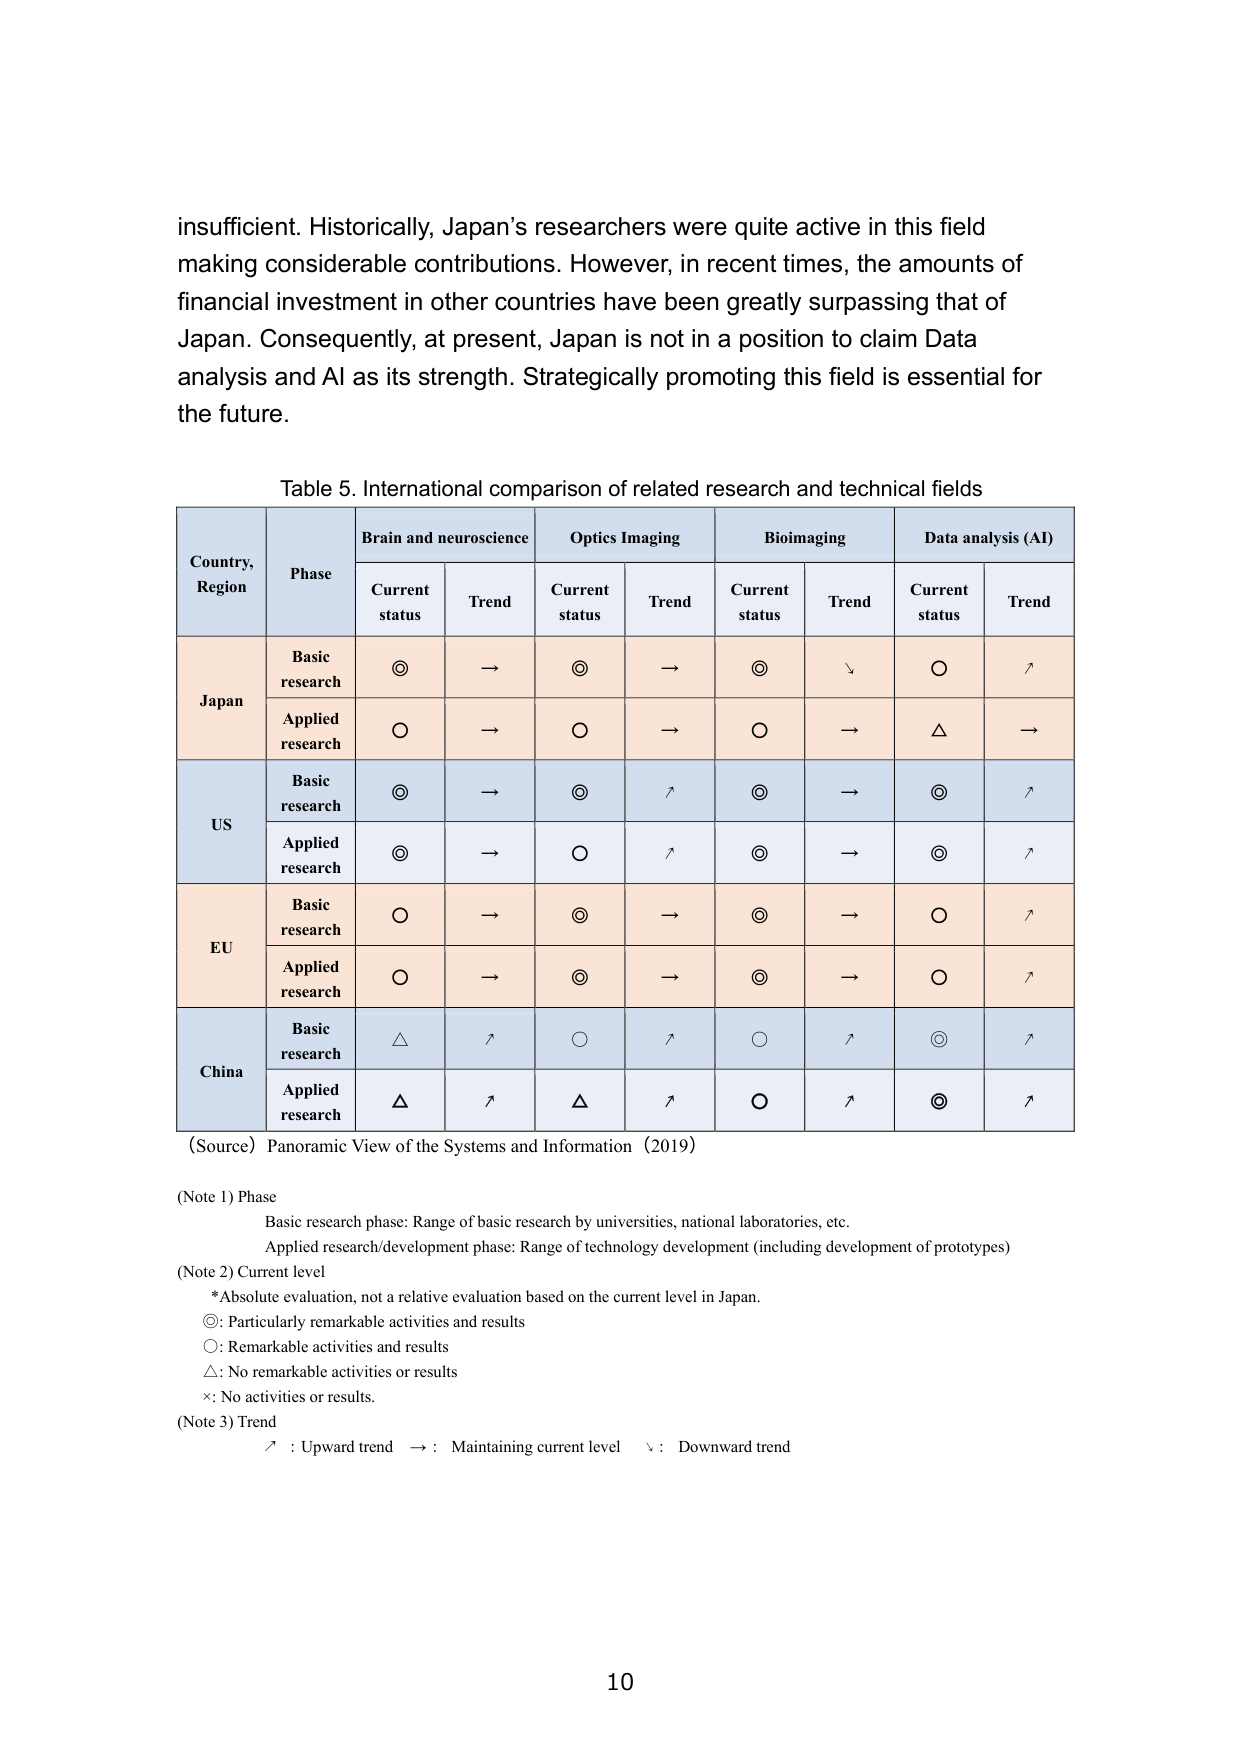
insufficient. Historically, Japan’s researchers were quite active in this field making considerable contributions. However, in recent times, the amounts of financial investment in other countries have been greatly surpassing that of Japan. Consequently, at present, Japan is not in a position to claim Data analysis and AI as its strength. Strategically promoting this field is essential for the future.

Table 5. International comparison of related research and technical fields

Country, Region	Phase	Brain and neuroscience	Optics Imaging	Bioimaging	Data analysis (AI)
		Current status	Trend	Current status	Trend	Current status	Trend	Current status	Trend
Japan	Basic research	◎	→	◎	→	◎	↓	○	↑
	Applied research	○	→	○	→	○	→	△	→
US	Basic research	◎	→	◎	↑	◎	→	◎	↑
	Applied research	◎	→	○	↑	◎	→	◎	↑
EU	Basic research	○	→	◎	→	◎	→	○	↑
	Applied research	○	→	◎	→	◎	→	○	↑
China	Basic research	△	↑	○	↑	○	↑	◎	↑
	Applied research	△	↑	△	↑	○	↑	◎	↑

(Source) Panoramic View of the Systems and Information (2019)

(Note 1) Phase
Basic research phase: Range of basic research by universities, national laboratories, etc.
Applied research/development phase: Range of technology development (including development of prototypes)

(Note 2) Current level
*Absolute evaluation, not a relative evaluation based on the current level in Japan.
◎: Particularly remarkable activities and results
○: Remarkable activities and results
△: No remarkable activities or results
×: No activities or results.

(Note 3) Trend
↑ : Upward trend → : Maintaining current level ↓ : Downward trend

10